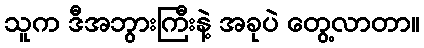
သူက ဒီအဘွားကြီးနဲ့ အခုပဲ တွေ့လာတာ။